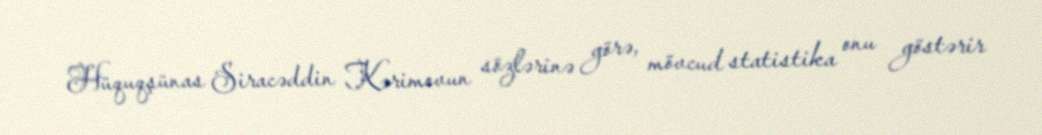
Hüquqşünas Siracəddin Kərimovun sözlərinə görə, mövcud statistika onu göstərir